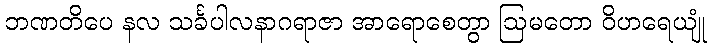
ဘဏတိပေ နလ သင်္ခပါလနာဂရာဇာ အာရောစေတွာ ဩမတော ဝိဟရေယျုံ